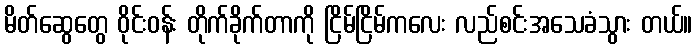
မိတ်ဆွေတွေ ဝိုင်းဝန်း တိုက်ခိုက်တာကို ငြိမ်ငြိမ်ကလေး လည်စင်းအသေခံသွား တယ်။